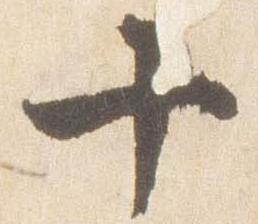
十